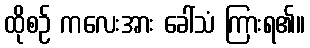
ထိုစဉ် ကလေးအား ခေါ်သံ ကြားရ၏။